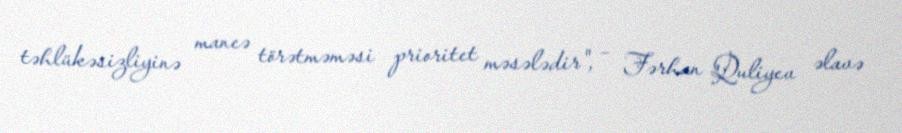
təhlükəsizliyinə maneə törətməməsi prioritet məsələdir", – Fərhan Quliyev əlavə